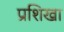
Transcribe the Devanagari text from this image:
प्रशिखा